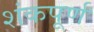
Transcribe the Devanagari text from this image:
शंकपूर्ण